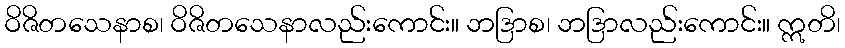
ဝိဇိတသေနာစ၊ ဝိဇိတသေနာလည်းကောင်း။ ဘဒြာစ၊ ဘဒြာလည်းကောင်း။ ဣတိ၊